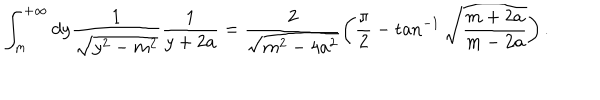
\int _ { m } ^ { + \infty } d y \frac { 1 } { \sqrt { y ^ { 2 } - m ^ { 2 } } } \frac { 1 } { y + 2 a } = \frac { 2 } { \sqrt { m ^ { 2 } - 4 a ^ { 2 } } } \left( \frac { \pi } { 2 } - \tan ^ { - 1 } \sqrt { \frac { m + 2 a } { m - 2 a } } \right) .